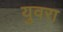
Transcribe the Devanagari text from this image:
युवरा